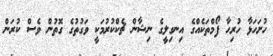
ހުށަހަޅާ ހުރިހާ ފޯމްތަކެއްގެ އިނގިލީގެ ނިޝާން ޗެކްކުރުމަކީ ވަގުތުގެ ގޮތުން ވެސް ކުރަން